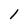
Character: 1